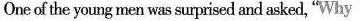
One of the young men was suprised and asked, "Why